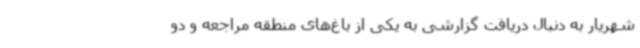
شهریار به دنبال دریافت گزارشی به یکی از باغ‌های منطقه مراجعه و دو